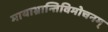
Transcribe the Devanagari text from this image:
मायाभ्रान्तिविमोचनम्